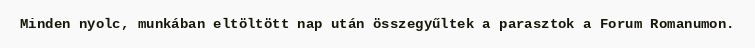
Minden nyolc, munkában eltöltött nap után összegyűltek a parasztok a Forum Romanumon.